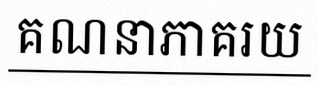
គណនាភាគរយ